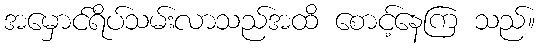
အမှောင်ရိပ်သမ်းလာသည်အထိ စောင့်နေကြ သည်။